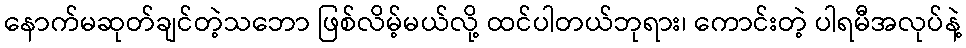
နောက်မဆုတ်ချင်တဲ့သဘော ဖြစ်လိမ့်မယ်လို့ ထင်ပါတယ်ဘုရား၊ ကောင်းတဲ့ ပါရမီအလုပ်နဲ့